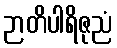
ဉာတိပါရိဇုညံ